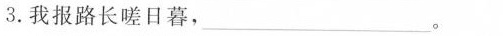
3.我报路长嗟日暮，\underline。